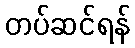
တပ်ဆင်ရန်